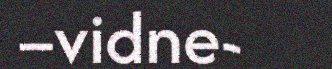
–vidne-